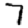
Digit: 7